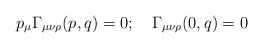
LaTeX: \begin{align*}p_{\mu} \Gamma_{\mu \nu \rho}(p,q)=0; \quad \Gamma_{\mu \nu \rho}(0,q)=0\end{align*}